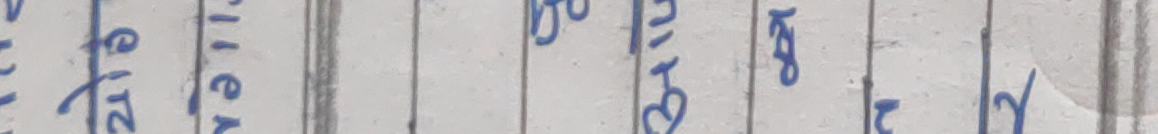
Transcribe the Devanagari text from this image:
भ र टे ठ म म र
टे र ग
ई स ट
ध त्र मा
य क र
म २